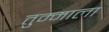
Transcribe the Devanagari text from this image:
तुम्माला